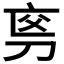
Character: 𠜡